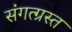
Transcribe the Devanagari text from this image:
संगत्ग्रस्त